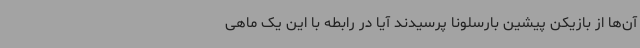
آن‌ها از بازیکن پیشین بارسلونا پرسیدند آیا در رابطه با این یک ماهی